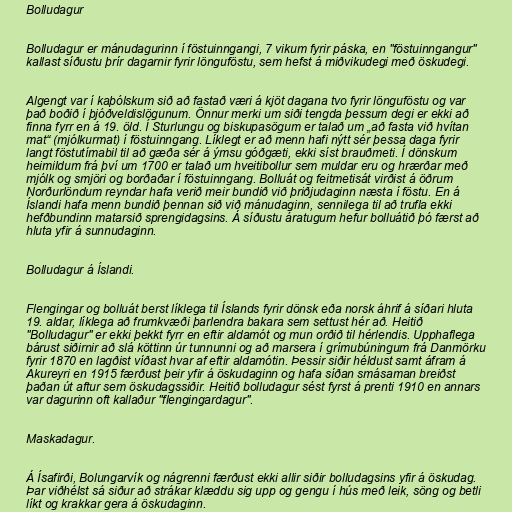
Bolludagur

Bolludagur er mánudagurinn í föstuinngangi, 7 vikum fyrir páska, en "föstuinngangur"
kallast síðustu þrír dagarnir fyrir lönguföstu, sem hefst á miðvikudegi með öskudegi.

Algengt var í kaþólskum sið að fastað væri á kjöt dagana tvo fyrir lönguföstu og var
það boðið í þjóðveldislögunum. Önnur merki um siði tengda þessum degi er ekki að
finna fyrr en á 19. öld. Í Sturlungu og biskupasögum er talað um „að fasta við hvítan
mat“ (mjólkurmat) í föstuinngang. Líklegt er að menn hafi nýtt sér þessa daga fyrir
langt föstutímabil til að gæða sér á ýmsu góðgæti, ekki síst brauðmeti. Í dönskum
heimildum frá því um 1700 er talað um hveitibollur sem muldar eru og hrærðar með
mjólk og smjöri og borðaðar í föstuinngang. Bolluát og feitmetisát virðist á öðrum
Norðurlöndum reyndar hafa verið meir bundið við þriðjudaginn næsta í föstu. En á
Íslandi hafa menn bundið þennan sið við mánudaginn, sennilega til að trufla ekki
hefðbundinn matarsið sprengidagsins. Á síðustu áratugum hefur bolluátið þó færst að
hluta yfir á sunnudaginn.

Bolludagur á Íslandi.

Flengingar og bolluát berst líklega til Íslands fyrir dönsk eða norsk áhrif á síðari hluta
19. aldar, líklega að frumkvæði þarlendra bakara sem settust hér að. Heitið
"Bolludagur" er ekki þekkt fyrr en eftir aldamót og mun orðið til hérlendis. Upphaflega
bárust siðirnir að slá köttinn úr tunnunni og að marsera í grímubúningum frá Danmörku
fyrir 1870 en lagðist víðast hvar af eftir aldamótin. Þessir siðir héldust samt áfram á
Akureyri en 1915 færðust þeir yfir á öskudaginn og hafa síðan smásaman breiðst
þaðan út aftur sem öskudagssiðir. Heitið bolludagur sést fyrst á prenti 1910 en annars
var dagurinn oft kallaður "flengingardagur".

Maskadagur.

Á Ísafirði, Bolungarvík og nágrenni færðust ekki allir siðir bolludagsins yfir á öskudag.
Þar viðhélst sá siður að strákar klæddu sig upp og gengu í hús með leik, söng og betli
líkt og krakkar gera á öskudaginn.